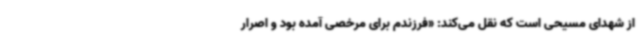
از شهدای مسیحی است که نقل می‌کند: «فرزندم برای مرخصی آمده بود و اصرار